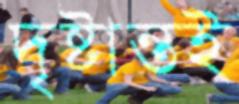
দৃষ্টান্তই